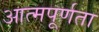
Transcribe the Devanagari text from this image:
आत्मपूर्णता